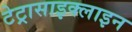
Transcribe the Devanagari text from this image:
टेट्रासाइक्लाइन